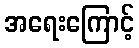
အရေးကြောင့်